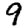
Digit: 9